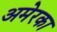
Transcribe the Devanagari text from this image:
अमेरका